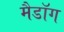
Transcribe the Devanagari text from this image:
मैडॉग